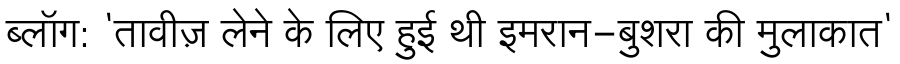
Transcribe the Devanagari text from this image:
ब्लॉग: 'तावीज़ लेने के लिए हुई थी इमरान-बुशरा की मुलाकात'